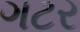
ગટર